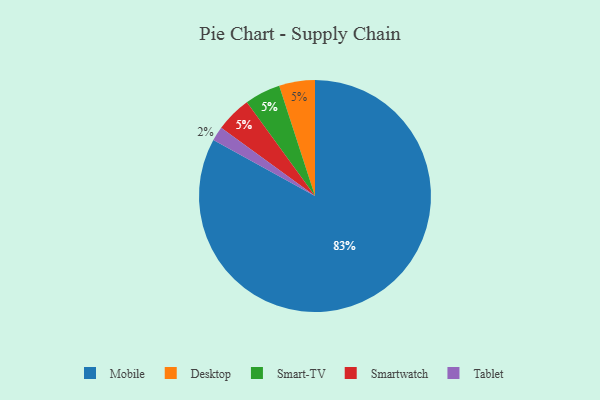
{"axis": {"x": "Category", "y": "Percentage"}, "legend": ["Desktop", "Mobile", "Smart-TV", "Smartwatch", "Tablet"], "data": [{"x": "Desktop", "y": 5, "type": "Desktop"}, {"x": "Smart-TV", "y": 5, "type": "Smart-TV"}, {"x": "Mobile", "y": 83, "type": "Mobile"}, {"x": "Tablet", "y": 2, "type": "Tablet"}, {"x": "Smartwatch", "y": 5, "type": "Smartwatch"}]}